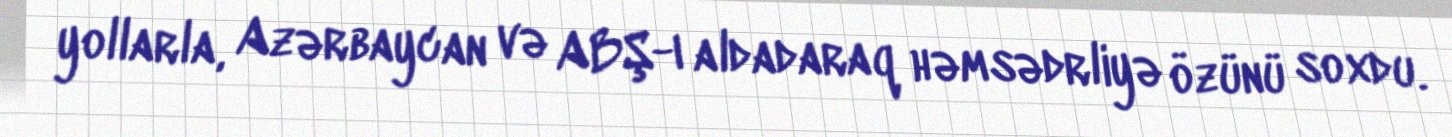
yollarla, Azərbaycan və ABŞ-ı aldadaraq həmsədrliyə özünü soxdu.